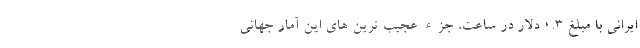
ایرانی با مبلغ 0.3 دلار در ساعت، جزء عجیب ترین های این آمار جهانی